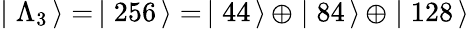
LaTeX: \mid\Lambda_{3}\, \rangle=\, \mid 256\, \rangle=\, \mid 44\, \rangle\, \oplus\mid 84\, \rangle\, \oplus\mid 128\, \rangle